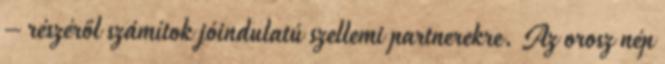
– részéről számítok jóindulatú szellemi partnerekre. Az orosz nép